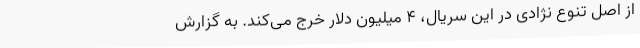
از اصل تنوع نژادی در این سریال، ۴ میلیون دلار خرج می‌کند. به گزارش